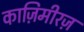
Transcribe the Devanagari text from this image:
काज़िमीरज़